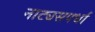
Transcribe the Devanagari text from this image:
नाट्यसपर्धा